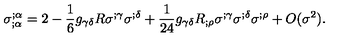
\sigma _ { ; \alpha } ^ { ; \alpha } = 2 - \frac { 1 } { 6 } g _ { \gamma \delta } R \sigma ^ { ; \gamma } \sigma ^ { ; \delta } + \frac { 1 } { 2 4 } g _ { \gamma \delta } R _ { ; \rho } \sigma ^ { ; \gamma } \sigma ^ { ; \delta } \sigma ^ { ; \rho } + O ( \sigma ^ { 2 } ) .